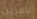
تامزين